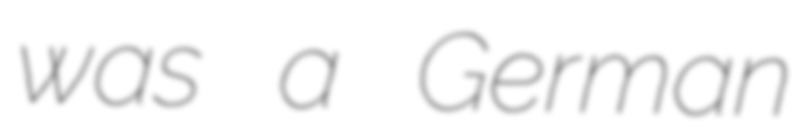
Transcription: was a German